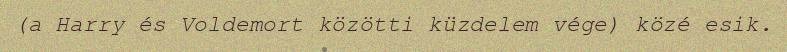
(a Harry és Voldemort közötti küzdelem vége) közé esik.